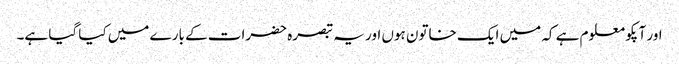
اور آپکو معلوم ہے کہ میں ایک خاتون ہوں اور یہ تبصرہ حضرات کے بارے میں کیا گیا ہے۔